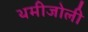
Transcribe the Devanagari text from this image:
थमीजोली